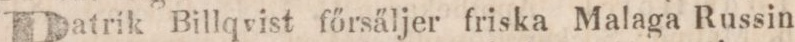
Patrik Billqvist főrsäljer friska Malaga Russin